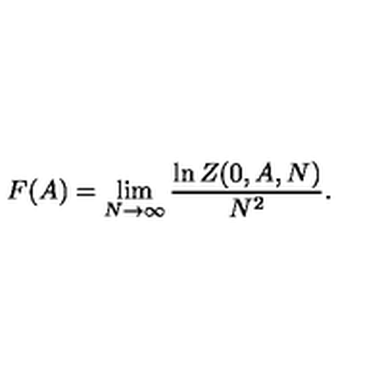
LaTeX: F ( A ) = \lim _ { N \rightarrow \infty } \frac { \ln Z ( 0 , A , N ) } { N ^ { 2 } } .